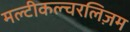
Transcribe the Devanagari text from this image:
मल्टीकल्चरलिज़म